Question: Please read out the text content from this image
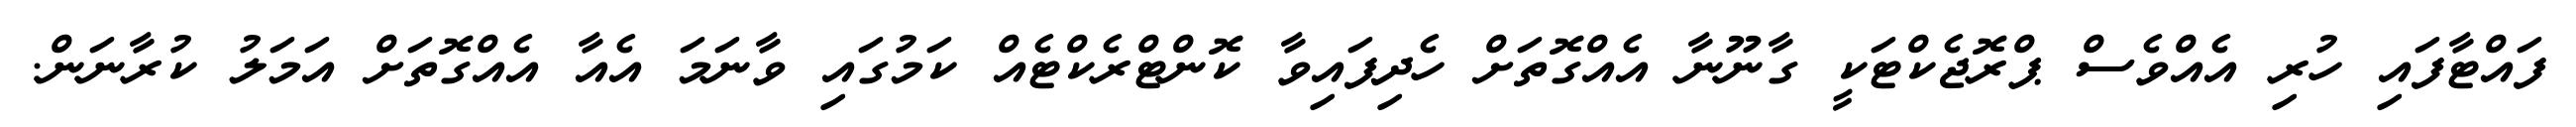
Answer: ފައްޓާފައި ހުރި އެއްވެސް ޕްރޮޖެކްޓަކީ ގާނޫނާ އެއްގޮތަށް ހެދިފައިވާ ކޮންޓްރެކްޓެއް ކަމުގައި ވާނަމަ އެއާ އެއްގޮތަށް އަމަލު ކުރާނަން.